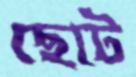
ছোট